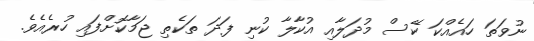
ނުވަތަ ހައެއްކަ ކޭސް މުދަލާއި އުކާލާ ކުނި ފަދަ ތަކެތި ޖަމާކޮށްފައި ހުރެއެވެ.